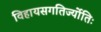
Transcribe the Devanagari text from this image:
विहायसगतिर्ज्योतिः